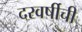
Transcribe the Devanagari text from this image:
दरवर्षीची